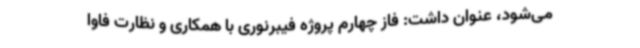
می‌شود، عنوان داشت: فاز چهارم پروژه فیبرنوری با همکاری و نظارت فاوا